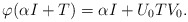
\begin{align*}\varphi(\alpha I+T)=\alpha I+U_0TV_0.\end{align*}